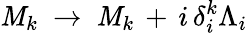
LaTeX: \mathit{M}_{k}\ \rightarrow\ \mathit{M}_{k}\, +\, i\, \delta_{i}^{k}\Lambda_{i}